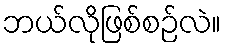
ဘယ်လိုဖြစ်စဉ်လဲ။